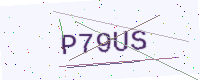
Text: P79US